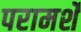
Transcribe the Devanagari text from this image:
परामर्शे